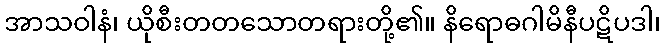
အာသဝါနံ၊ ယိုစီးတတသောတရားတို့၏။ နိရောဓဂါမိနီပဋိပဒါ၊